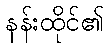
နန်းထိုင်၏